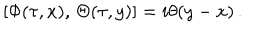
[ \Phi ( \tau , x ) , \, \Theta ( \tau , y ) ] = i \theta ( y - x ) \, .